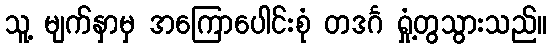
သူ့ မျက်နှာမှ အကြောပေါင်းစုံ တဒင်္ဂ ရှုံ့တွသွားသည်။